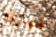
جهازك